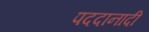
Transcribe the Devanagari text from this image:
पददानादी